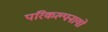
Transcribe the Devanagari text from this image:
परिकल्पनायो